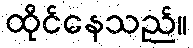
ထိုင်နေသည်။